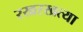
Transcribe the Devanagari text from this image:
रखरखत्या